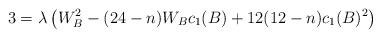
LaTeX: \begin{align*}3 = \lambda \left( W_{B}^{2}- (24-n)W_{B}c_{1}(B)+ 12(12-n)c_{1}(B)^{2} \right)\end{align*}